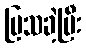
ပြသခဲ့ပြီး